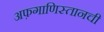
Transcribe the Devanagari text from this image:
अफ़गाणिस्तानची